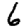
Digit: 6